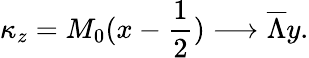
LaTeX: \kappa_{z}=M_{0}(x-{\frac{1}{2}})\longrightarrow\overline{{{\Lambda}}}y.